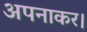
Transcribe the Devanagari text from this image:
अपनाकर।